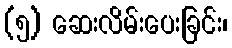
(၅) ဆေးလိမ်းပေးခြင်း၊